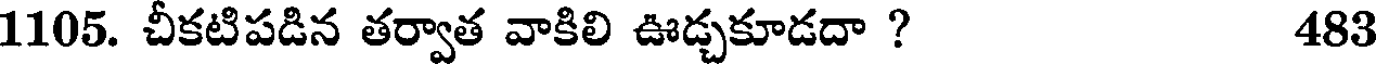
1105. చీకటిపడిన తర్వాత వాకిలి ఊడ్చకూడదా ? 483